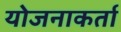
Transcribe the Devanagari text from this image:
योजनाकर्ता